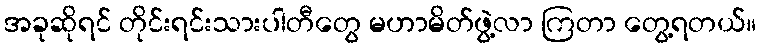
အခုဆိုရင် တိုင်းရင်းသားပါတီတွေ မဟာမိတ်ဖွဲ့လာ ကြတာ တွေ့ရတယ်။